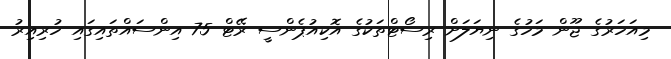
މިއަހަރުގެ ޖޫން މަހުގެ ނިޔަލަށް ރިސޯޓްތަކުގެ އޮކިއުޕެންސީ ރޭޓް 75 އިންސައްތައިގައި ހުރިއިރު